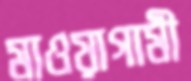
মাওয়াগামী